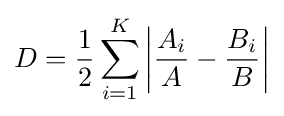
D={\frac {1}{2}}\sum _{i=1}^{K}\left|{\frac {A_{i}}{A}}-{\frac {B_{i}}{B}}\right|